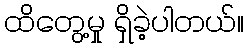
ထိတွေ့မှု ရှိခဲ့ပါတယ်။